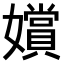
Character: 𫲐